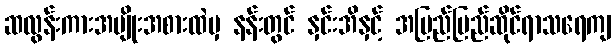
ဆလွန်းကားအမျိုးအစားထဲမှ နန်းတွင် နှင်းအိနှင့် အပြည်ပြည်ဆိုင်ရာသရေကျ